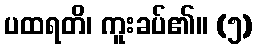
ပထရတိ၊ ကူးခပ်၏။ (၅)